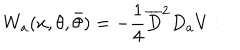
W _ { a } ( x , \theta , \bar { \theta } ) = - \frac { 1 } { 4 } \overline { { { D } } } ^ { 2 } D _ { a } V :